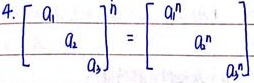
4. 一般情况下\(\begin{bmatrix} a_1 \\ a_2 \\ a_3 \end{bmatrix}^n\neq\begin{bmatrix} a_1^n \\ a_2^n \\ a_3^n \end{bmatrix}\)，矩阵的幂运算并非对每个元素单独取幂。这里需注意矩阵幂运算规则与普通数的幂运算规则的区别。